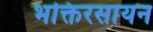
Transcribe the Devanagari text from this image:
भक्तिरसायन